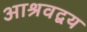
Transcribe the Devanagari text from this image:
आश्रवद्वय